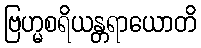
ဗြဟ္မစရိယန္တရာယောတိ